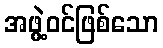
အဖွဲ့ဝင်ဖြစ်သော